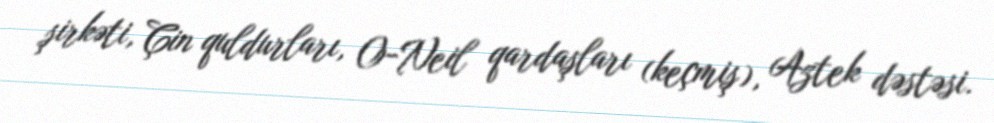
şirkəti, Çin quldurları, O-Neil qardaşları (keçmiş), Aztek dəstəsi.